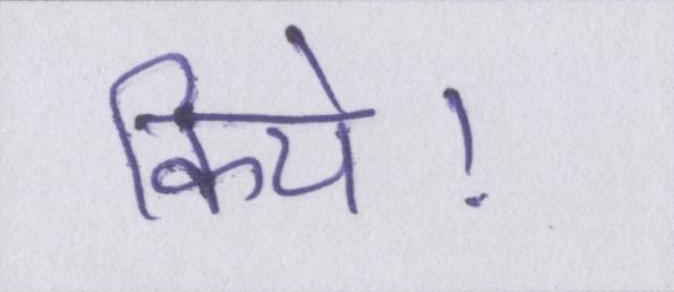
किये।